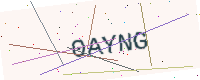
Text: 0AYNG